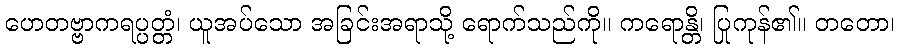
ဟေတဗ္ဗာကရပ္ပတ္တံ၊ ယူအပ်သော အခြင်းအရာသို့ ရောက်သည်ကို။ ကရောန္တိ၊ ပြုကုန်၏။ တတော၊